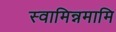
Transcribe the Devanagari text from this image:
स्वामिन्नमामि